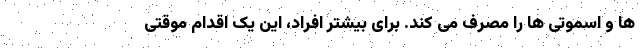
ها و اسموتی ها را مصرف می کند. برای بیشتر افراد، این یک اقدام موقتی